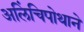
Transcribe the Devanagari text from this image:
अलिंचिपोथाने